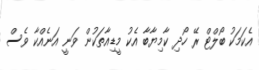
އެކަމަކު ބޯލްޓް ރޭ ހޯދި ކާމިޔާބާ އެކު މީޑިއާތަކުން ވަނީ އަނެއްކާ ވެސް